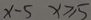
x - 5 x \geq 5